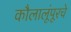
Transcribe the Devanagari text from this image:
कौलालूंपूरचे